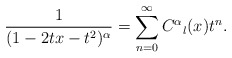
\begin{align*}\frac{1}{(1-2tx-t^2)^{\alpha}}=\sum_{n=0}^{\infty}C^{\alpha}{}_l(x)t^n.\end{align*}